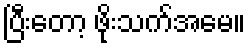
ပြီးတော့ ဖိုးသက်အမေ။